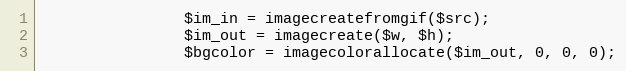
Language: PHP
                $im_in = imagecreatefromgif($src);
                $im_out = imagecreate($w, $h);
                $bgcolor = imagecolorallocate($im_out, 0, 0, 0);